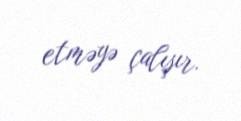
etməyə çalışır.